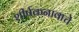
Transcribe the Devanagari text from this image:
शीर्षकनावाचे